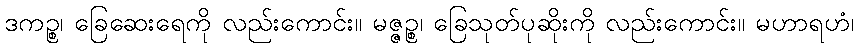
ဒကဉ္စ၊ ခြေဆေးရေကို လည်းကောင်း။ မဇ္ဇဉ္စ၊ ခြေသုတ်ပုဆိုးကို လည်းကောင်း။ မဟာရဟံ၊